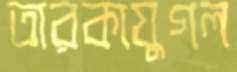
তারকাযুগল